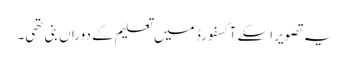
یہ تصویر اسکے آکسفورڈ میں تعلیم کے دوراں بنی تھی۔